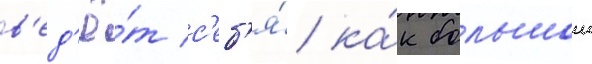
в'ед'ё́т с'еб'я́ ка́к большои